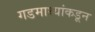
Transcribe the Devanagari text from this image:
गडमाथ्यांकडून